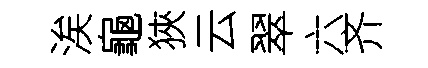
涘龜狹云翠六齐